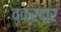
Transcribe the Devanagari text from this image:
वक्रदार